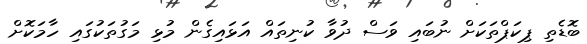
ބޮޑެތި ޕިކަޕްތަކަށް ނުބައި ވަސް ދުވާ ކުނިތައް އަޅައިގެން މުޅި މަގުތަކުގައި ހާމަކޮށް